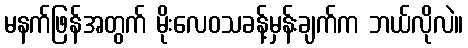
မနက်ဖြန်အတွက် မိုးလေဝသခန့်မှန်းချက်က ဘယ်လိုလဲ။